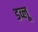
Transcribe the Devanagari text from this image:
डव्लू